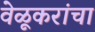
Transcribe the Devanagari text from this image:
वेळूकरांचा